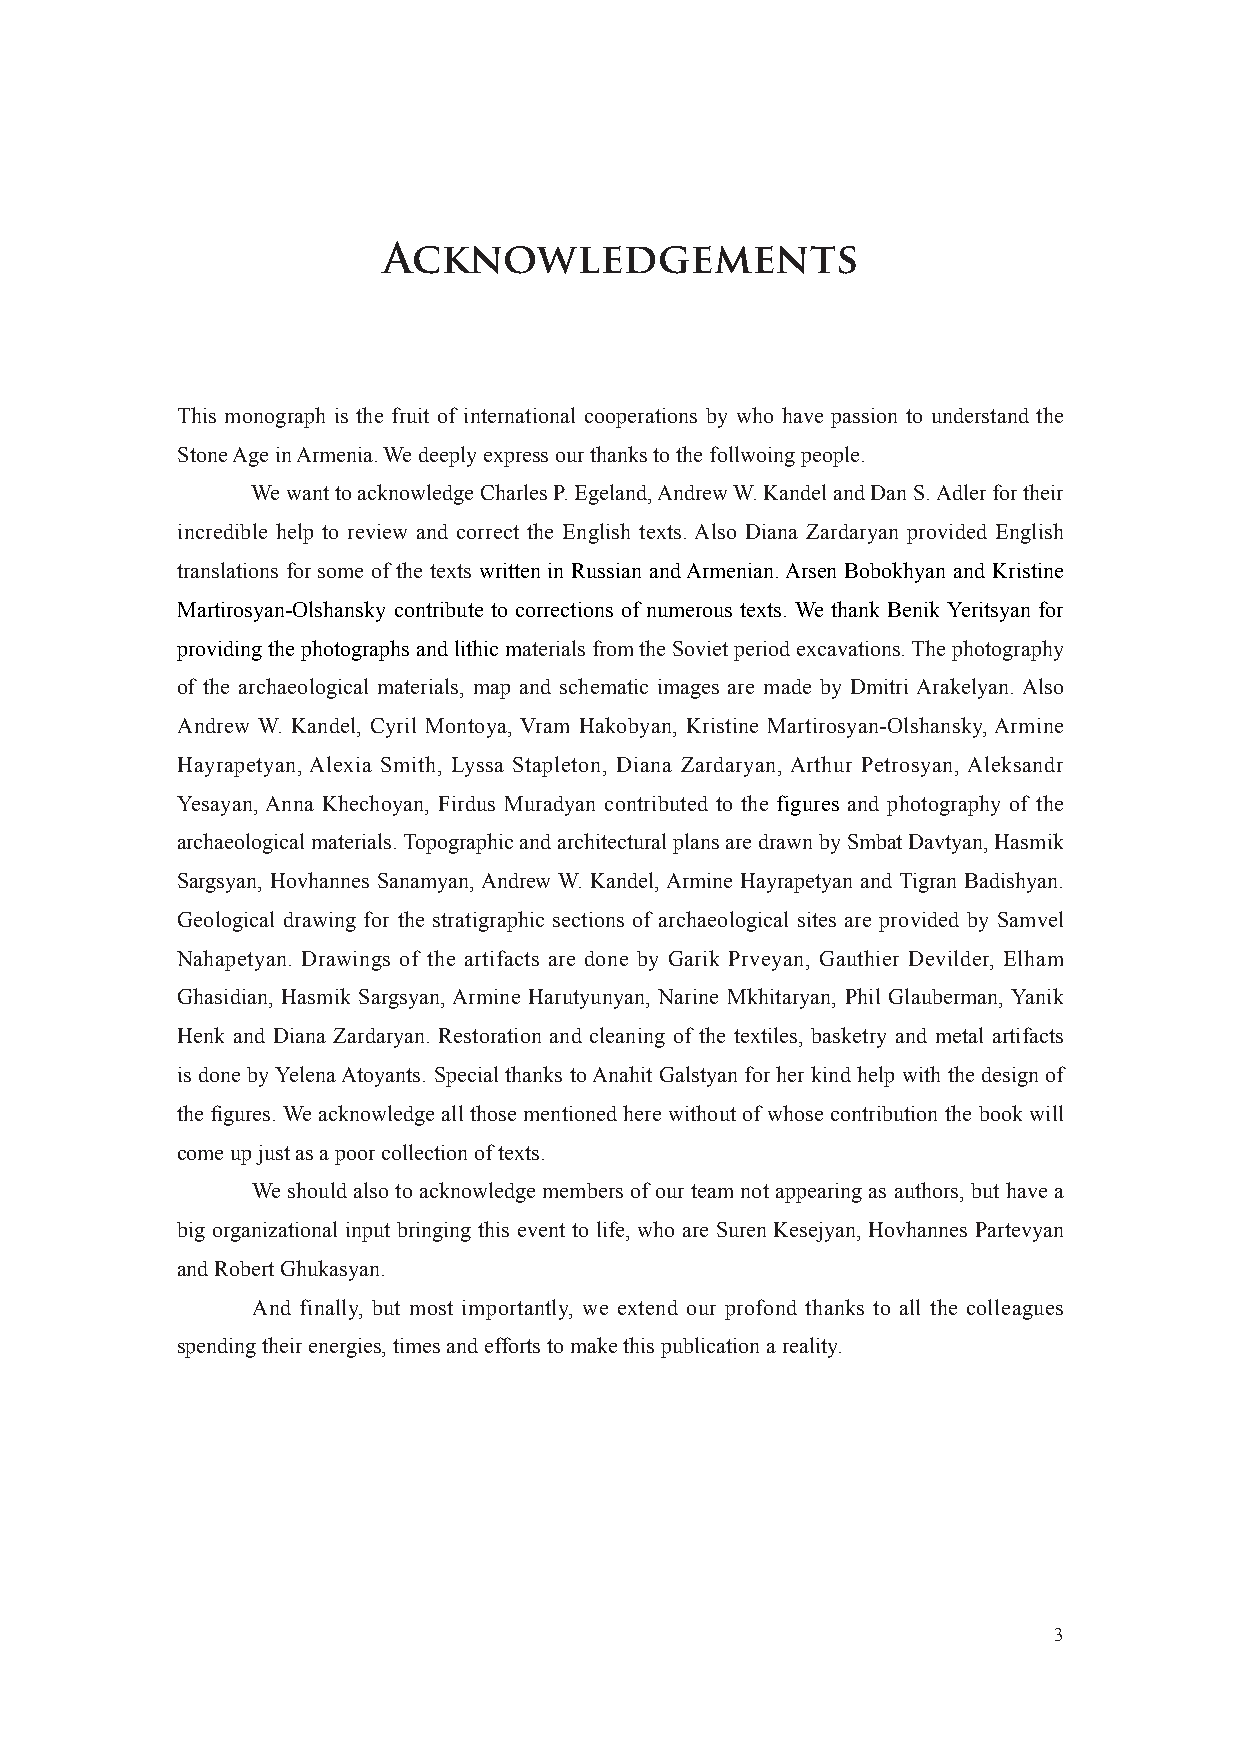
Acknowledgements
 This monograph is the fruit of international cooperations by who have passion to understand the
 Stone Age in Armenia. We deeply express our thanks to the follwoing people.
 We want to acknowledge Charles P. Egeland, Andrew W. Kandel and Dan S. Adler for their
 incredible help to review and correct the English texts. Also Diana Zardaryan provided English
 translations for some of the texts written in Russian and Armenian. Arsen Bobokhyan and Kristine
 Martirosyan-Olshansky contribute to corrections of numerous texts. We thank Benik Yeritsyan for
 providing the photographs and lithic materials from the Soviet period excavations. The photography
 of the archaeological materials, map and schematic images are made by Dmitri Arakelyan. Also
 Andrew W. Kandel, Cyril Montoya, Vram Hakobyan, Kristine Martirosyan-Olshansky, Armine
 Hayrapetyan, Alexia Smith, Lyssa Stapleton, Diana Zardaryan, Arthur Petrosyan, Aleksandr
 Yesayan, Anna Khechoyan, Firdus Muradyan contributed to the figures and photography of the
 archaeological materials. Topographic and architectural plans are drawn by Smbat Davtyan, Hasmik
 Sargsyan, Hovhannes Sanamyan, Andrew W. Kandel, Armine Hayrapetyan and Tigran Badishyan.
 Geological drawing for the stratigraphic sections of archaeological sites are provided by Samvel
 Nahapetyan. Drawings of the artifacts are done by Garik Prveyan, Gauthier Devilder, Elham
 Ghasidian, Hasmik Sargsyan, Armine Harutyunyan, Narine Mkhitaryan, Phil Glauberman, Yanik
 Henk and Diana Zardaryan. Restoration and cleaning of the textiles, basketry and metal artifacts
 is done by Yelena Atoyants. Special thanks to Anahit Galstyan for her kind help with the design of
 the fi gures. We acknowledge all those mentioned here without of whose contribution the book will
 come up just as a poor collection of texts.
 We should also to acknowledge members of our team not appearing as authors, but have a
 big organizational input bringing this event to life, who are Suren Kesejyan, Hovhannes Partevyan
 and Robert Ghukasyan.
 And finally, but most importantly, we extend our profond thanks to all the colleagues
 spending their energies, times and efforts to make this publication a reality.
 3